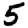
Digit: 5